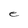
Character: e